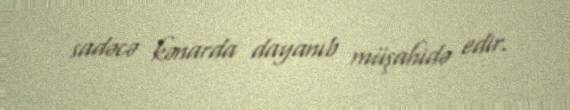
sadəcə kənarda dayanıb müşahidə edir.